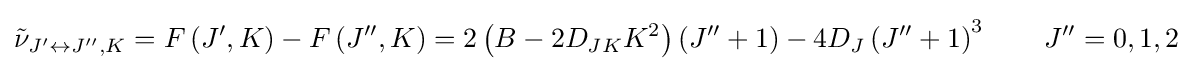
{\tilde {\nu }}_{J^{\prime }\leftrightarrow J^{\prime \prime },K}=F\left(J^{\prime },K\right)-F\left(J^{\prime \prime },K\right)=2\left(B-2D_{JK}K^{2}\right)\left(J^{\prime \prime }+1\right)-4D_{J}\left(J^{\prime \prime }+1\right)^{3}\qquad J^{\prime \prime }=0,1,2